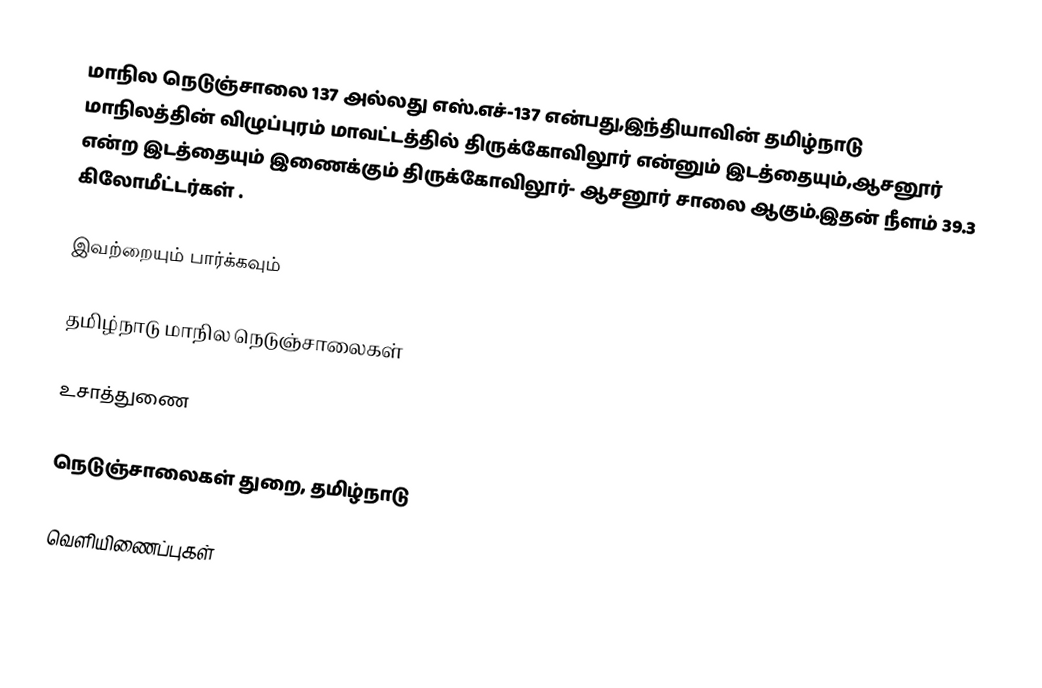
மாநில நெடுஞ்சாலை 137 அல்லது எஸ்.எச்-137  என்பது,இந்தியாவின் தமிழ்நாடு மாநிலத்தின்  விழுப்புரம் மாவட்டத்தில்  திருக்கோவிலூர்  என்னும் இடத்தையும்,ஆசனூர்  என்ற இடத்தையும் இணைக்கும் திருக்கோவிலூர்- ஆசனூர் சாலை ஆகும்.இதன் நீளம் 39.3  கிலோமீட்டர்கள் .

இவற்றையும் பார்க்கவும்

 தமிழ்நாடு மாநில நெடுஞ்சாலைகள்

உசாத்துணை

 நெடுஞ்சாலைகள் துறை, தமிழ்நாடு

வெளியிணைப்புகள்